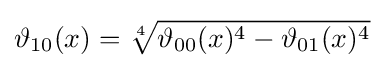
\vartheta _{10}(x)={\sqrt[{4}]{\vartheta _{00}(x)^{4}-\vartheta _{01}(x)^{4}}}